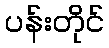
ပန်းတိုင်